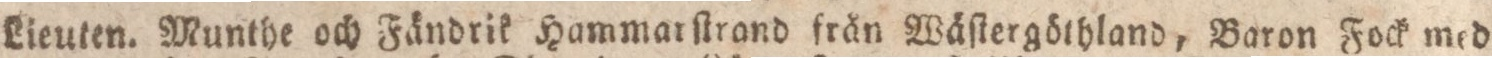
Lieuten. Munthe och Fändrik Hammarſtrand från Wäſtergöthland, Baron Fock med